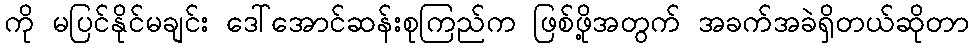
ကို မပြင်နိုင်မချင်း ဒေါ်အောင်ဆန်းစုကြည်က ဖြစ်ဖို့အတွက် အခက်အခဲရှိတယ်ဆိုတာ